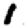
Digit: 1